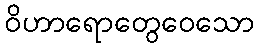
ဝိဟာရောတွေဝေသော